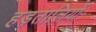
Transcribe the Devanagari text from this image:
हड़तालियों